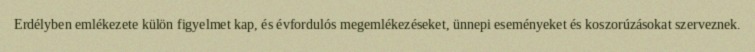
Erdélyben emlékezete külön figyelmet kap, és évfordulós megemlékezéseket, ünnepi eseményeket és koszorúzásokat szerveznek.